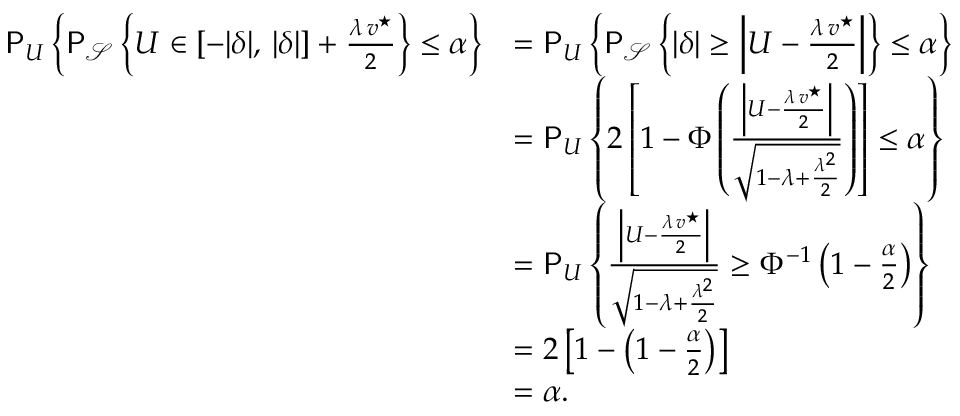
\begin{array} { r l } { \mathsf { P } _ { U } \left\{ \mathsf { P } _ { \mathcal { S } } \left\{ U \in [ - | \delta | , \, | \delta | ] + \frac { \lambda \, v ^ { \star } } { 2 } \right\} \le \alpha \right\} } & { = \mathsf { P } _ { U } \left\{ \mathsf { P } _ { \mathcal { S } } \left\{ | \delta | \ge \left| U - \frac { \lambda \, v ^ { \star } } { 2 } \right| \right\} \le \alpha \right\} } \\ & { = \mathsf { P } _ { U } \left\{ 2 \left[ 1 - \Phi \left( \frac { \left| U - \frac { \lambda \, v ^ { \star } } { 2 } \right| } { \sqrt { 1 - \lambda + \frac { \lambda ^ { 2 } } { 2 } } } \right) \right] \le \alpha \right\} } \\ & { = \mathsf { P } _ { U } \left\{ \frac { \left| U - \frac { \lambda \, v ^ { \star } } { 2 } \right| } { \sqrt { 1 - \lambda + \frac { \lambda ^ { 2 } } { 2 } } } \ge \Phi ^ { - 1 } \left( 1 - \frac { \alpha } { 2 } \right) \right\} } \\ & { = 2 \left[ 1 - \left( 1 - \frac { \alpha } { 2 } \right) \right] } \\ & { = \alpha . } \end{array}